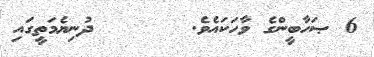
6 ޞަހާބީންގެ ވާހަކައެވެ.       ދުނިޔެމަތީގައި